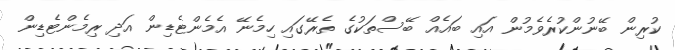
ކުރިން ބޭނުންކުރެވެމުން އައި ބައެއް ބޭސްތަކުގެ ތެރޭގައި ހިމެނޭ އެމެންޓެޑިން އަދި ރިމެންޓެޑިން